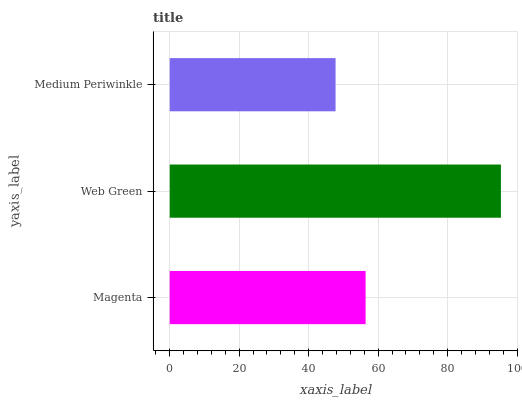
| yaxis_label | bars |
 | --- | --- |
 | Magenta | 56.4 |
 | Web Green | 95.3 |
 | Medium Periwinkle | 47.7 |